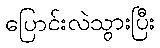
ပြောင်းလဲသွားပြီး